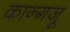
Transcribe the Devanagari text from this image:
कान्गजू